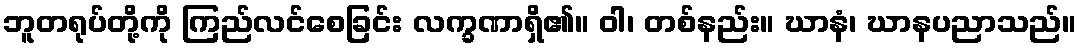
ဘူတရုပ်တို့ကို ကြည်လင်စေခြင်း လက္ခဏာရှိ၏။ ဝါ၊ တစ်နည်း။ ဃာနံ၊ ဃာနပညာသည်။